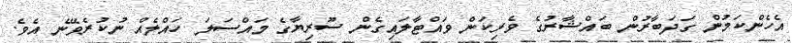
އެހެންކަމުން ގަދަބާރުން ބައްޝާރުގެ ވެރިކަން ވައްޓާލައިގެން ސޫރިޔާގެ މައްސަލަ ހައްލެއް ނުކުރެވޭނެ އެވެ.